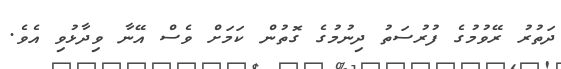
ދަތުރު ރޭވުމުގެ ފުރުސަތު ދިނުމުގެ ގޮތުން ކަމަށް ވެސް އޭނާ ވިދާޅުވި އެވެ.